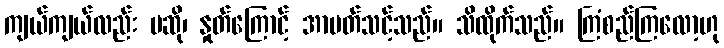
ကျယ်ကျယ်လည်း မဆို၊ နှုတ်ကြောင့် အာပတ်သင့်သည်။ သိထိုက်သည်။ ကြံစည်ကြလော့ဟု